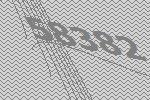
58382